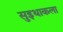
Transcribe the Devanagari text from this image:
सुइथाकला